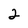
Character: 2